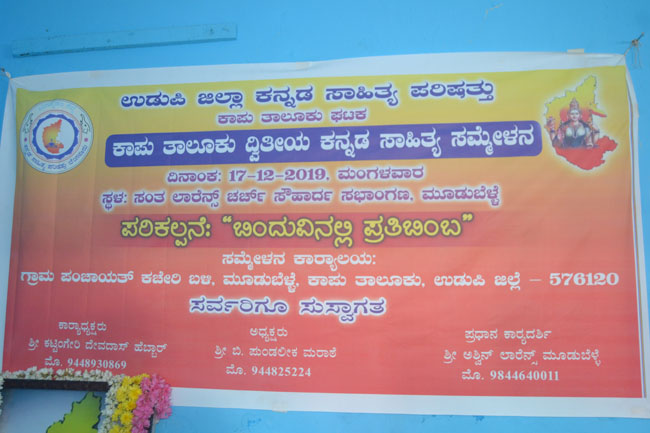
Language: kannada
Transcription: ಪರಿಕಲ್ಪನೆ: ಬಿಂದುವಿನಲ್ಲಿ ಕಾಪು ಉಡುಪಿ ಜಿಲ್ಲಾ ಸಾಹಿತ್ಯ ದ್ವಿತೀಯ ಪರಿಷತ್ತು ಸಾಹಿತ್ಯ ಉಡುಪಿ ಗ್ರಾಮ ಪ್ರತಿಬಿಂಬ ಸರ್ವರಿಗೂ ಸಮ್ಮೇಳನ ಸುಸ್ವಾಗತ